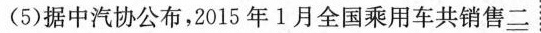
(5)据中汽协公布，2015年1月全国乘用车共销售\underline{二}